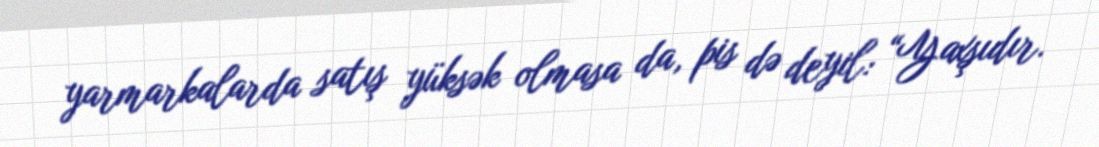
yarmarkalarda satış yüksək olmasa da, pis də deyil: “Yaxşıdır.